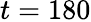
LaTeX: t=180